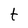
Character: t